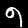
Digit: 9